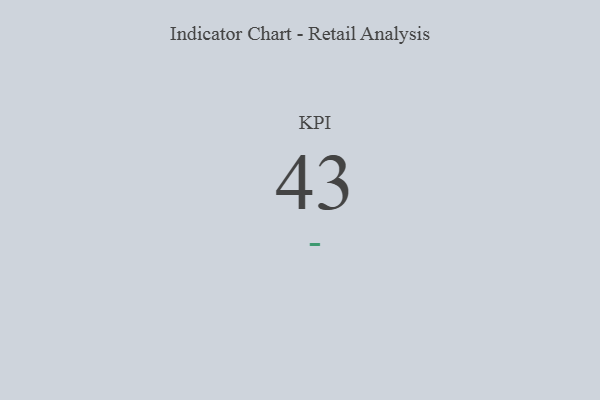
{"axis": {"x": "KPI", "y": "Value"}, "legend": [""], "data": [{"x": "KPI", "y": 43, "type": ""}]}